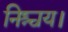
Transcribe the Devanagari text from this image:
निश्चय।